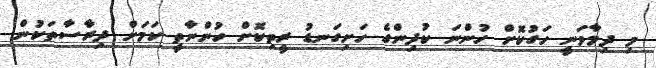
މި ދިމާވަނީ ހަގުކޮށް ހުންނަ ކުދިންގެ ހަށިގަނޑު ރީތިކޮށް ހުންނާތީ ކަމަށް ދިރާސާތަކުން